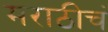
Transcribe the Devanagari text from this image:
मराठीचं